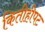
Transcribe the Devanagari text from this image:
कितीहीपट